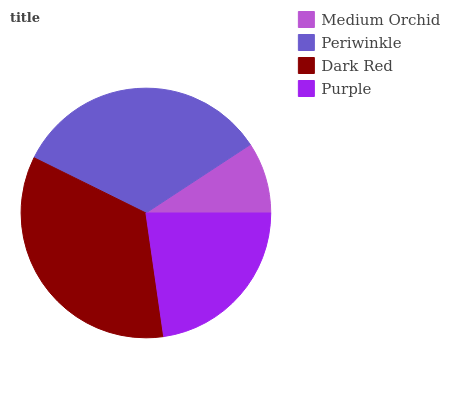
| Medium Orchid | Periwinkle | Dark Red | Purple |
 | --- | --- | --- | --- |
 | 9.24% | 33.4% | 34.6% | 22.8% |